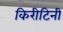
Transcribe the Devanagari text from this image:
किरीटिनी